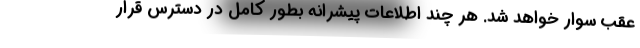
عقب سوار خواهد شد. هر چند اطلاعات پیشرانه بطور کامل در دسترس قرار